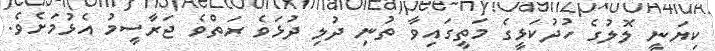
ކިޔަނީ ލޮލުގެ ހުދުކަޅީގެ މަތީގައިވާ ތުނި ދުލި ދުޅަވެ ރަތްވެ ޖަރާސީމު އެޅުމަށެވެ.